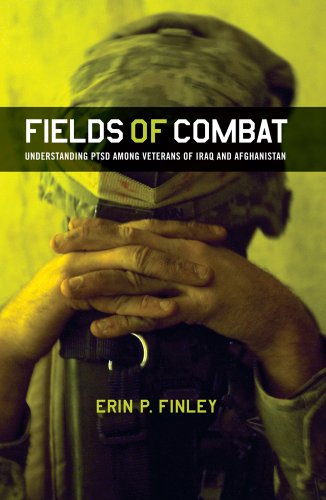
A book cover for Fields of Combat: Understanding PTSD among Veterans of Iraq and Afghanistan (The Culture and Politics of Health Care Work); Erin P. Finley; Health, Fitness & Dieting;